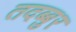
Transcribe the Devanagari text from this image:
तदब्बुर